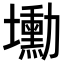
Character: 𡓕